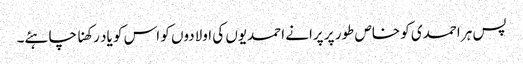
پس ہر احمدی کو خاص طور پر پرانے احمدیوں کی اولادوں کو اس کو یاد رکھنا چاہئے۔